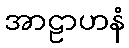
အာဠာဟနံ